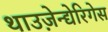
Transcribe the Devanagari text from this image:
थाउज़ेन्द्येरिगेस